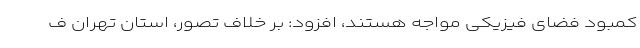
کمبود فضای فیزیکی مواجه هستند، افزود: بر خلاف تصور، استان تهران ف